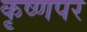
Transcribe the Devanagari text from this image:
कृष्णपर